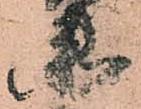
衛